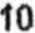
10